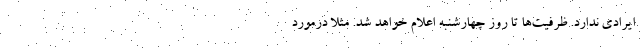
ایرادی ندارد. ظرفیت‌ها تا روز چهارشنبه اعلام خواهد شد. مثلا درمورد